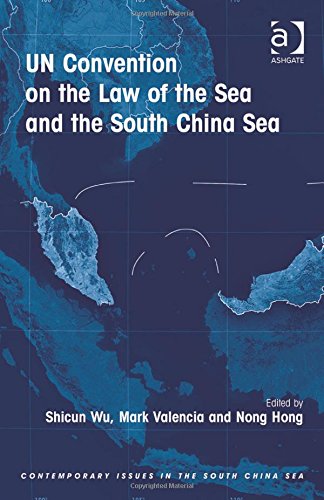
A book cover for UN Convention on the Law of the Sea and the South China Sea (Contemporary Issues in the South China Sea); Mark Valencia; Law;